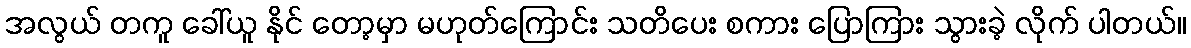
အလွယ် တကူ ခေါ်ယူ နိုင် တော့မှာ မဟုတ်ကြောင်း သတိပေး စကား ပြောကြား သွားခဲ့ လိုက် ပါတယ်။